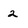
Character: 2